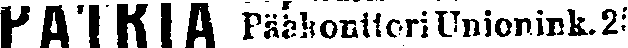
PATRIA Pääkonttori Unionink. 25